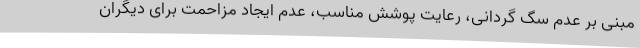
مبنی بر عدم سگ گردانی، رعایت پوشش مناسب، عدم ایجاد مزاحمت برای دیگران